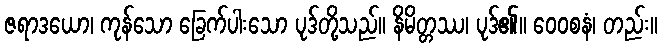
ဇရာဒယော၊ ကုန်သော ခြေက်ပါးသော ပုဒ်တို့သည်။ နိမိတ္တဿ၊ ပုဒ်၏။ ဝေဝစနံ၊ တည်း။